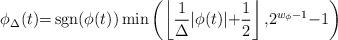
LaTeX: \begin{align*} \phi_{\Delta}(t){=}\operatorname{sgn}(\phi(t)) \operatorname{min}\left(\left\lfloor\frac{1}{\Delta}|\phi(t)|{+}\frac{1}{2}\right\rfloor{,} 2^{w_{\phi}{-}1}{-}1\right)\end{align*}